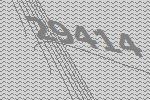
29414